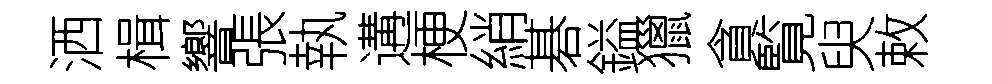
洒楫響張執遘梗綃碁鎰獵貪覧臾敕